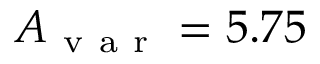
A _ { \mathrm { ~ v ~ a ~ r ~ } } = 5 . 7 5